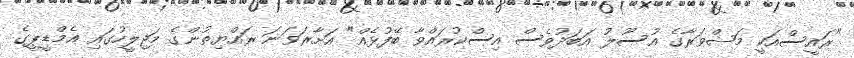
"ރައީސްއަކީ މަޝްވަރާގެ އުސޫލު އަބަދުވެސް އިސްކުރައްވާ ބޭފުޅެއް" އަށާރަވަނަ ރައްޔިތުންގެ މަޖިލީހުގައި އެމްޑީޕީގެ